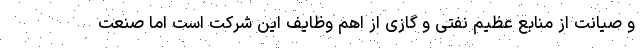
و صیانت از منابع عظیم نفتی و گازی از اهم وظایف این شرکت است اما صنعت